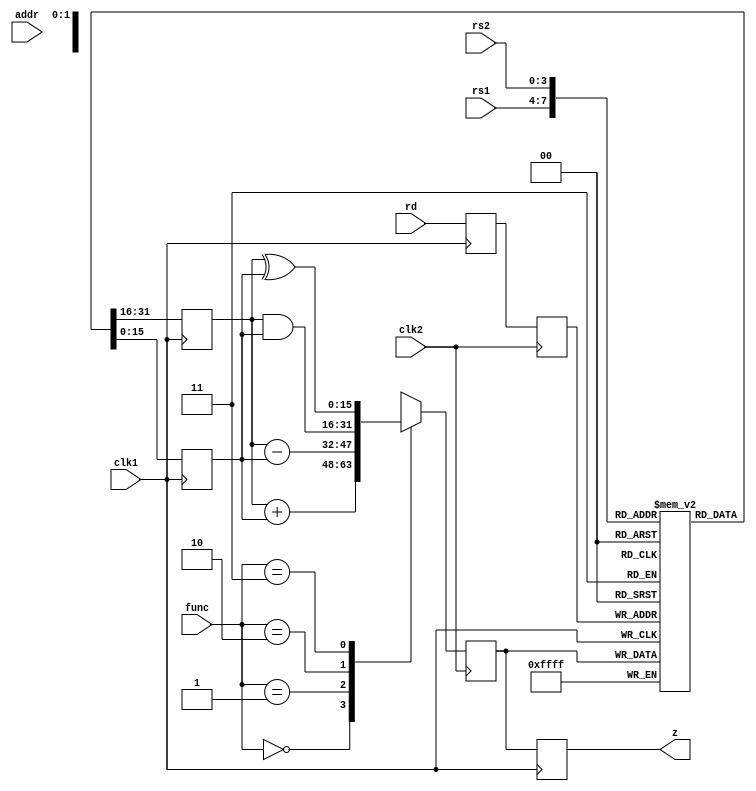
module pipelining(rs1,rs2,rd,z,addr,func,clk1,clk2);
input clk1,clk2;
input [3:0] rs1,rs2,rd;
input [1:0] func;
input [7:0] addr;
output [15:0] z;
reg [15:0] L12_A,L12_B,L23_z,L34_z;
reg [3:0] L12_rd,L12_func,L23_rd;
reg [7:0] L12_addr,L23_addr,L34_addr;

reg [15:0] regbank [0:15];
reg [15:0] mem [0:255];

assign z = L34_z;
//stage1
always @(posedge clk1)
begin
L12_A <= #2 regbank[rs1];
L12_B <= #2 regbank[rs2];
L12_rd <= #2 rd;
L12_func <= #2 func;
L12_addr <= #2 addr;
end
//stage2
always @(negedge clk2)
begin
	case(func)
		0: L23_z <= #2 L12_A + L12_B;
		1: L23_z <= #2 L12_A - L12_B;
		2: L23_z <= #2 L12_A & L12_B;
		3: L23_z <= #2 L12_A ^ L12_B;
		default: L23_z <= #2 16'hxxxx;
	endcase
	L23_rd <= #2 L12_rd;
	L23_addr <= #2 L12_addr;
end
//stage3
always @(posedge clk1)
begin
regbank[L23_rd] <= #2 L23_z;
L34_z <= #2 L23_z;
L34_addr <= #2 L23_addr;
end
//stage4
always @(negedge clk2)
begin
mem[L34_addr] <= #2 L34_z;
end 

endmodule

module pipelining_test;

	// Inputs
	reg [3:0] rs1;
	reg [3:0] rs2;
	reg [3:0] rd;
	reg [7:0] addr;
	reg [1:0] func;
	reg clk1;
	reg clk2;

	// Outputs
	wire [15:0] z;
	integer k;

	// Instantiate the Unit Under Test (UUT)
	pipelining uut (
		.rs1(rs1), 
		.rs2(rs2), 
		.rd(rd), 
		.z(z), 
		.addr(addr), 
		.func(func), 
		.clk1(clk1), 
		.clk2(clk2)
	);

initial begin
// Initialize Inputs
	clk1=0;
	clk2=0;
	repeat(20)
		begin
		#5 clk1=1;
		#5 clk1=0;
		#5 clk2=1;
		#5 clk2=0;
		end
	end
	
	//initialize registers
	initial begin
	for(k=0;k<16;k=k+1)
	uut.regbank[k] = k;
   end
	
initial begin
#5 
rs1=5;
rs2=3;
rd=1;
func=0;
addr=125;
#20
rs1=6;
rs2=4;
rd=2;
func=1;
addr=126;
#20
rs1=7;
rs2=5;
rd=3;
func=0;
addr=127;
#20
rs1=8;
rs2=6;
rd=4;
func=1;
addr=128;
#20
rs1=9;
rs2=7;
rd=5;
func=0;
addr=129;
end
      
endmodule